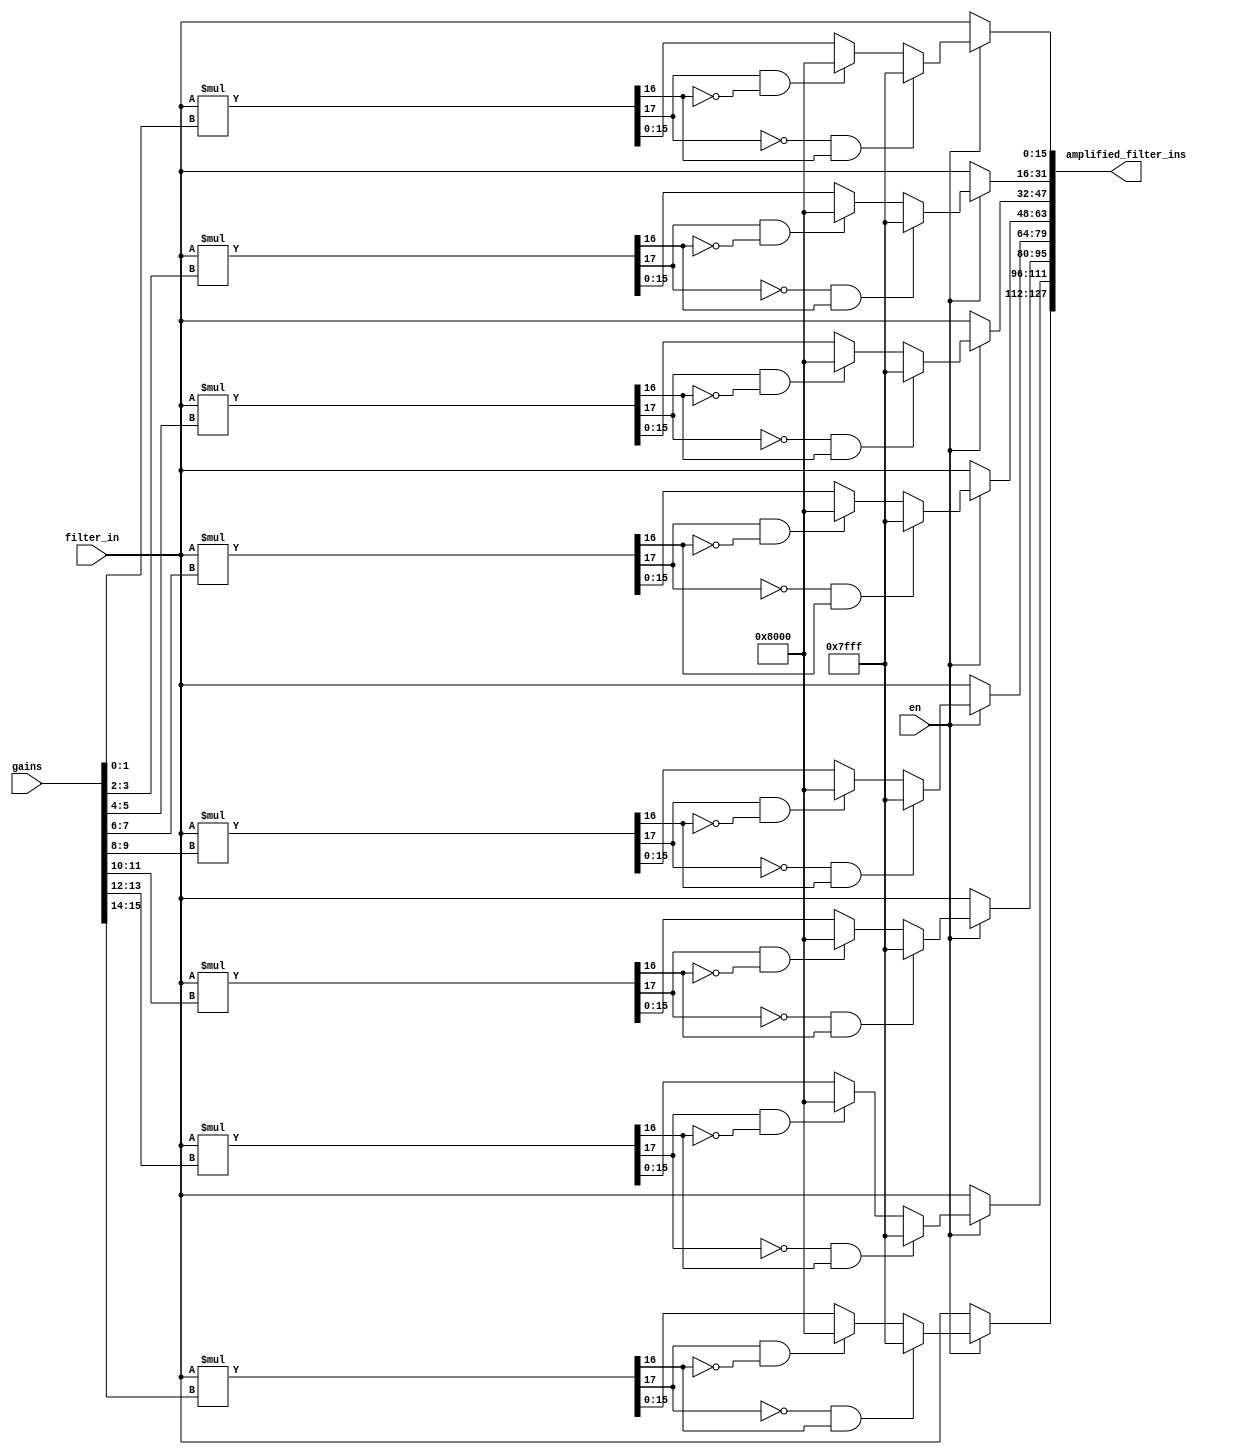
module amplifier #(
    parameter NUMBER_OF_FILTERS = 8,
    parameter GAIN_BITS = 2,
    parameter GAIN_FRAC_BITS = 0,
    parameter FILTER_IN_BITS = 16
) (
    input en,

    input [NUMBER_OF_FILTERS*GAIN_BITS-1:0] gains,
    input signed [FILTER_IN_BITS-1:0] filter_in,
    output [NUMBER_OF_FILTERS*FILTER_IN_BITS-1:0] amplified_filter_ins
);
  /* rounding: floor, overflow: saturate
  
                                                                             
      16        8          24        
                                                                       
     S      S        S       
       *       =          
                                 
             int              int                    int               
                                 frac                             frac       
                                                                             
                                                                      frac   
                                                  16       
                                ===>     S         
                                         ......   
                                                           
                                        overflow       coverted           
                                       (saturate)       result        round  
                                                                     (floor) 
                                                                             
  
  
  (s)iii_iiii_iiii_iiii * (s)iii_ii.ff                        
  =                                                           
  (s)iii_ii|ii_iiii_iiii_iiii_ii|.ff                          
                                                              
  if ((s == 0) & (iii_ii != 000_00)) => positive overflowed   
  => |01_1111_1111_1111_11|                                   
                                                              
  elsif ((s == 1) & (iii_ii) != 111_11) => negative overflowed
  => |10_0000_0000_0000_00|                                   
                                                              
  else => not overflowed                                      
  => |ii_iiii_iiii_iiii_ii|                                   
  
  */
  localparam PRODUCT_BITS = FILTER_IN_BITS + GAIN_BITS;
  localparam PRODUCT_SIGN_BIT = PRODUCT_BITS - 1;

  localparam PRODUCT_CHECK_BIT_HIGH = PRODUCT_SIGN_BIT - 1;
  localparam PRODUCT_CHECK_BIT_LOW = GAIN_FRAC_BITS + FILTER_IN_BITS;
  localparam PRODUCT_CHECK_BITS = PRODUCT_CHECK_BIT_HIGH - PRODUCT_CHECK_BIT_LOW + 1;

  localparam CONVERTED_PRODUCT_HIGH_BIT = GAIN_FRAC_BITS + FILTER_IN_BITS - 1;
  localparam CONVERTED_PRODUCT_LOW_BIT = GAIN_FRAC_BITS;

  wire signed [GAIN_BITS-1:0] w_gains[0:NUMBER_OF_FILTERS];
  wire signed [PRODUCT_BITS-1:0] product[0:NUMBER_OF_FILTERS];
  wire signed [PRODUCT_BITS-1:0] w_amplified_filter_ins[0:NUMBER_OF_FILTERS];
  wire signed [FILTER_IN_BITS-1:0] w_converted_amplified_filter_ins[0:NUMBER_OF_FILTERS];

  genvar filter_index;
  generate
    for (
        filter_index = 0; filter_index < NUMBER_OF_FILTERS; filter_index = filter_index + 1
    ) begin : gen_amplifier
      assign w_gains[filter_index] = gains[(filter_index+1)*GAIN_BITS-1:filter_index*GAIN_BITS];
      assign product[filter_index] = filter_in * w_gains[filter_index];
      assign w_amplified_filter_ins[filter_index] =
          // positive overflow => stay at max signed integer (saturate)
          ((product[filter_index][PRODUCT_SIGN_BIT] == 0) & (product[filter_index][PRODUCT_CHECK_BIT_HIGH:PRODUCT_CHECK_BIT_LOW] != {(PRODUCT_CHECK_BITS){1'b0}})) ? {1'b0, {(FILTER_IN_BITS-1){1'b1}}}: // 01111...111
          // negative overflow => stay at min signed integer (saturate)
          ((product[filter_index][PRODUCT_SIGN_BIT] == 1) & (product[filter_index][PRODUCT_CHECK_BIT_HIGH:PRODUCT_CHECK_BIT_LOW] != {(PRODUCT_CHECK_BITS){1'b1}})) ? {1'b1, {(FILTER_IN_BITS-1){1'b0}}}: // 10000...000
          // if not overflow, round down by cutoff all unnecessary bits (flooring)
          product[filter_index][CONVERTED_PRODUCT_HIGH_BIT:CONVERTED_PRODUCT_LOW_BIT];
      assign amplified_filter_ins[(filter_index+1)*FILTER_IN_BITS-1:filter_index*FILTER_IN_BITS] = (en == 1) ? w_amplified_filter_ins[filter_index] : filter_in;
    end
  endgenerate

endmodule  //amplifier